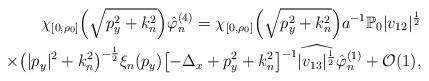
LaTeX: \begin{align*}\chi_{[0, \rho_0]} \Bigl( \sqrt{p_y^2 +k_n^2}\Bigr) \hat \varphi^{(4)}_n =\chi_{[0, \rho_0]} \Bigl( \sqrt{p_y^2 +k_n^2}\Bigr) a^{-1} \mathbb{P}_0 |v_{12}|^{\frac 12} \\\times \bigl(|p_y|^2 + k_n^2\bigr)^{-\frac 12}\xi_n (p_y) \bigl[-\Delta_x + p_y^2 + k_n^2\bigr]^{-1}\widehat{|v_{13}|^{\frac 12}} \hat \varphi^{(1)}_n + \mathcal{O}(1) , \end{align*}